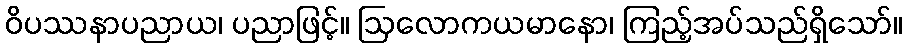
ဝိပဿနာပညာယ၊ ပညာဖြင့်။ ဩလောကယမာနော၊ ကြည့်အပ်သည်ရှိသော်။